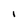
Character: I